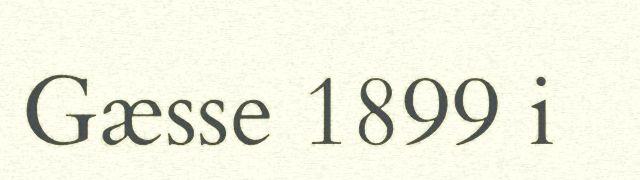
Gæsse 1899 i